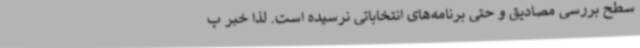
سطح بررسی مصادیق و حتی برنامه‌های انتخاباتی نرسیده است. لذا خبر پ